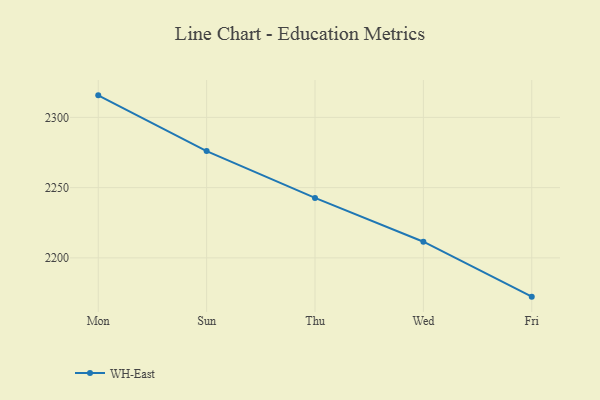
{"axis": {"x": "Day", "y": "Tickets Resolved"}, "legend": ["WH-East"], "data": [{"x": "Mon", "y": 2315.7, "type": "WH-East"}, {"x": "Sun", "y": 2276.0, "type": "WH-East"}, {"x": "Thu", "y": 2242.7, "type": "WH-East"}, {"x": "Wed", "y": 2211.5, "type": "WH-East"}, {"x": "Fri", "y": 2172.4, "type": "WH-East"}]}